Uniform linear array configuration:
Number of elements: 48
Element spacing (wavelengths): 0.25
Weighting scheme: hamming
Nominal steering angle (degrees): -60
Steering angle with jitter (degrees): -58.915
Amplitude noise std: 0.05
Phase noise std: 0.05

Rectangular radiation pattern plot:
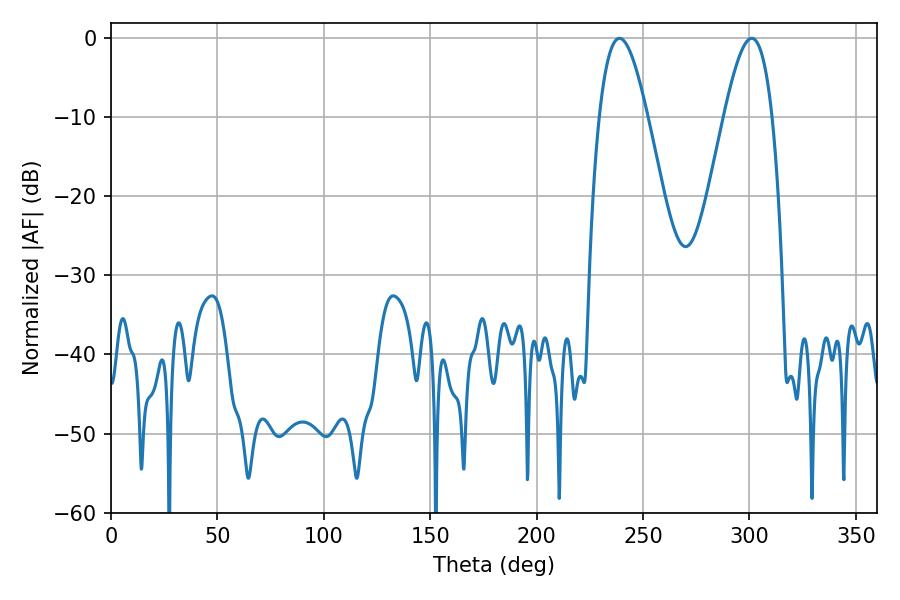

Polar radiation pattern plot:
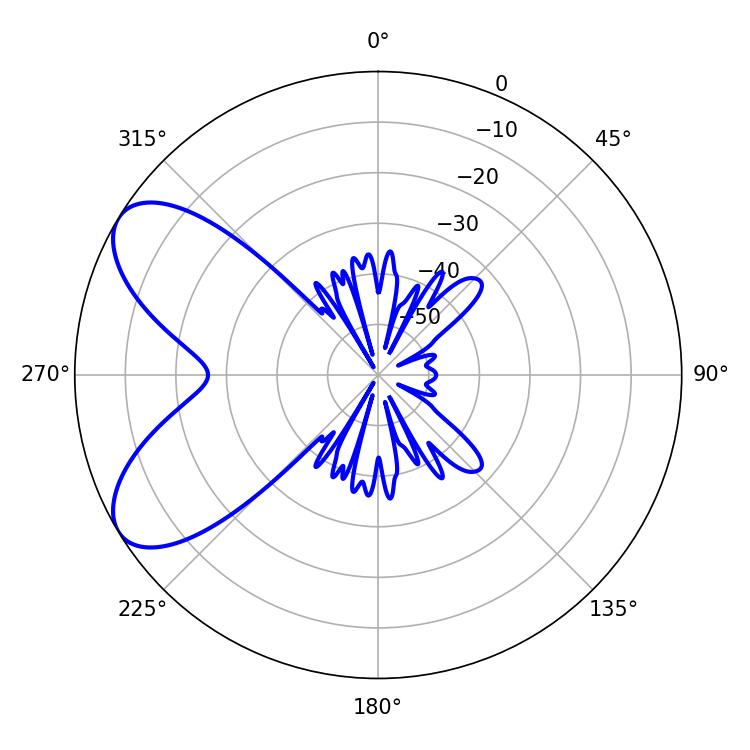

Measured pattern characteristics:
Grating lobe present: FALSE
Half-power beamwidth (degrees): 12.42
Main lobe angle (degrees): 238.86